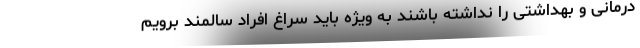
درمانی و بهداشتی را نداشته باشند به ویژه باید سراغ افراد سالمند برویم